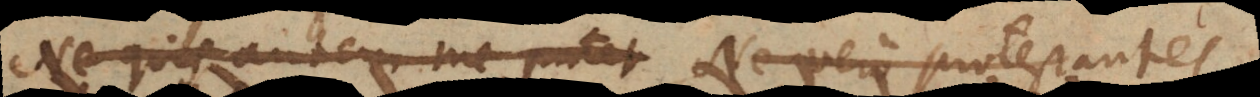
Ne quis autem me putet Ne vero protestantes